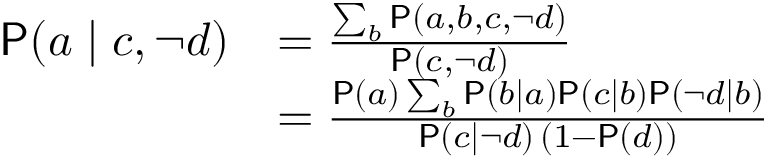
\begin{array} { r l } { \mathsf P ( a \mid c , \lnot d ) } & { = \frac { \sum _ { b } \mathsf P ( a , b , c , \lnot d ) } { \mathsf P ( c , \lnot d ) } } \\ & { = \frac { \mathsf P ( a ) \sum _ { b } \mathsf P ( b \mid a ) \mathsf P ( c \mid b ) \mathsf P ( \lnot d \mid b ) } { \mathsf P ( c \mid \lnot d ) \, ( 1 - \mathsf P ( d ) ) } } \end{array}